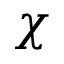
\chi